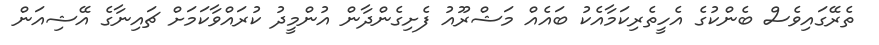
ތެރޭގައިވެސް ބެންކުގެ އެހީތެރިކަމާއެކު ބައެއް މަޝްރޫއު ފެށިގެންދާން އުންމީދު ކުރައްވާކަމަށް ޗައިނާގެ އޭޝިއަން